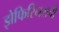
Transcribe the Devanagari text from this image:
झेफिरिनसची